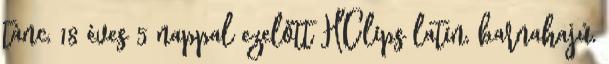
tánc, 18 éves 5 nappal ezelőtt HClips latin, barnahajú,